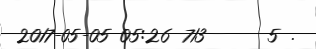
2017-05-05 05:26 713      5 .